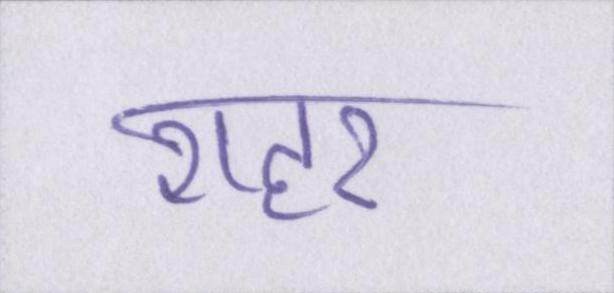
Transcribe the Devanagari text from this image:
शहर